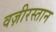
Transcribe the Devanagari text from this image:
वज़ीरस्तान